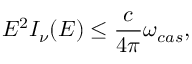
E ^ { 2 } I _ { \nu } ( E ) \leq \frac { c } { 4 \pi } \omega _ { c a s } ,